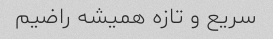
سریع و تازه همیشه راضیم